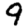
Digit: 9